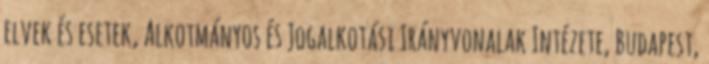
elvek és esetek, Alkotmányos és Jogalkotási Irányvonalak Intézete, Budapest,